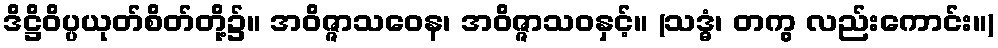
ဒိဋ္ဌိဝိပ္ပယုတ်စိတ်တို့၌။ အဝိဇ္ဇာသဝေန၊ အဝိဇ္ဇာသဝနှင့်။ (သဒ္ဓံ၊ တကွ လည်းကောင်း။)